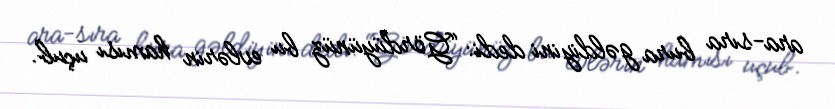
ara-sıra bura gəldiyini dedi: “Gördüyünüz bu evlərin hamısı uçub.